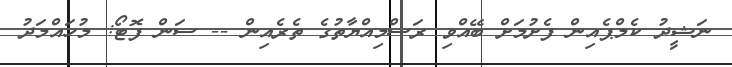
ނަޝީދު ކެމްޕެއިން ފެށުމަށް ބޭއްވި ރަސްމިއްޔާތުގެ ތެރެއިން -- ސަން ފޮޓޯ: މުހައްމަދު